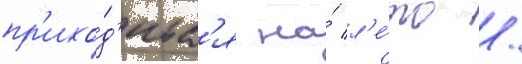
пр'ихо́д'итс'я на́ л'е́то /